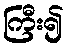
ကြီး၍